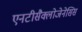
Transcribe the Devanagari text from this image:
एनटीसैक्लोजेनेसिस